Annual statistical returns and brief notes on vaccination in Bengal - 1909-1929
Year: 1909
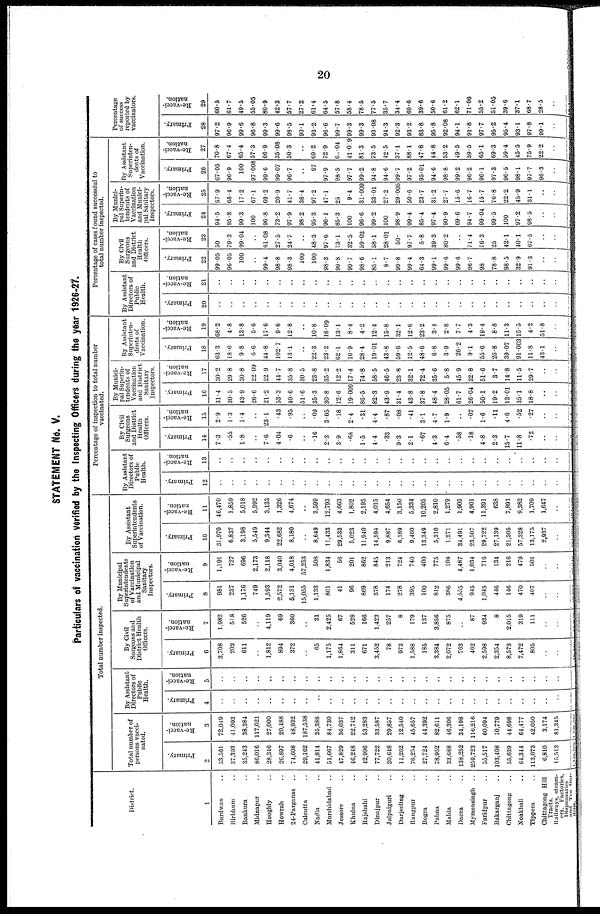
20
STATEMENT No. V.
Particulars of vaccination Verified by the Inspecting Officers during the year 1926-27.
District.
1
Burdwan ..
Birbhum ..
Bankura ..
Midnapur ..
Hooghly ..
Howrah ..
24-Parganas ..
Calcutta ..
Nadi ..
Murshidabad ..
Jessore ..
Khulna ..
Rajshahi ..
Dinajpur ..
Jalpaiguri ..
Darjeeling ..
Rangpur ..
Bogra ..
Pabna ..
Malda ..
Dacca ..
Mymensingh ..
Faridpur ..
Bakarganj ..
Chittagong ..
Noakliali ..
Tippera ..
Chittagong Hill
Tracts.
Railways, steam-
ers. Factories,
Dispensaries
and Tea. Gar-
dens.
Total number inspected.
Total number of
persons vacci-
nated.
Primary.
2
53,561
37,393
35,243
86,016
28,346
26,897
74,608
29,162
41,814
51,667
47,829
46,248
42,996
77,722
20,648
11,262
76,254
27,724
78,952
33,688
138,252
259,723
55,517
103,408
55,639
64,344
113,073
6,810
15,513
Re-vacci-
nation.
3
72,049
41,093
38,384
117,021
27,000
20,488
48,932
187,538
35,388
84,730
30,037
22,742
53,283
33,587
29,857
12,540
45,657
44,392
82,611
46,306
34,198
110,216
60,094
10,779
44,698
64,477
42,050
3,174
81,345
By Assistant
Directors of
Public
Health.
Primary.
4
..
..
..
..
..
..
..
..
..
..
..
..
..
..
..
..
..
..
..
..
..
..
..
..
..
..
..
..
..
Re-vacci-
nation.
5
..
..
..
..
..
..
..
..
..
..
..
..
..
..
..
..
..
..
..
..
..
..
..
..
..
..
..
..
..
By Civil
Surgeons and
District Health
Officers.
Primary.
6
3,708
203
611
..
1,812
894
372
..
65
1,175
1,864
311
671
3,452
78
973
1,588
185
3,384
2,072
763
462
2,598
2,354
8,573
7,472
805
..
..
Re-vacci-
nation.
7
1,982
518
526
..
4,119
69
360
..
31
2,425
67
528
166
1,423
257
8
179
137
3,856
875
..
87
934
8
2,015
319
111
..
..
By Municipal
Superintendents
of Vaccination
and Municipal
Sanitary
Inspectors.
Primary.
8
981
237
1,176
749
1,593
2,572
5,131
15,055
1,133
801
41
96
869
378
174
278
395
100
812
386
4,555
945
1,045
446
146
470
407
..
..
Re-vacci-
nation.
9
1,191
727
696
2,173
2,118
3,040
4,018
57,253
508
1,834
56
201
862
845
213
724
740
400
775
108
4,487
1,034
716
134
216
479
501
..
..
By Assistant
Superintendents
of Vaccination.
Primary.
10
31,970
6,837
3,198
5,549
9,344
22,682
8,180
..
8,649
11,433
29,533
5,023
11,940
14,594
9,887
6,189
9,460
13,349
5,310
1,271
34,491
23,507
29,722
27,139
21,305
57,328
13,175
2,937
..
Re-vacci-
nation.
11
46,470
1,859
5,018
5,992
3,133
1,326
4,674
..
3,599
12,793
4,663
1,802
2,195
4,015
4,654
3,150
5,334
10,205
2,810
1,279
1,905
4,901
11,391
638
7,891
9,382
1,709
1,647
..
Percentage of inspection to total number
vaccinated.
By Assistant
Directors of
Public
Health.
Primary.
12
..
..
..
..
..
..
..
..
..
..
..
..
..
..
..
..
..
..
..
..
..
..
..
..
..
..
..
..
..
Re-vacci-
nation.
13
..
..
..
..
..
..
..
..
..
..
..
..
..
..
..
..
..
..
..
..
..
..
..
..
..
..
..
..
..
By Civil
Surgeons
and District
Health
Officers.
Primary.
14
7.3
.55
1.8
..
7.6
4.04
.6
..
.16
2.3
3.9
.68
1.5
4.4
.33
9.3
2.1
.67
4.3
6.4
.58
.18
4.8
2.3
15.7
11.8
.72
..
..
Re-vacci-
nation.
15
2.9
1.3
1.4
..
23.1
.43
.95
..
.09
3.05
.18
2.4
.31
4.4
.87
.08
.41
3.1
4.7
1.9
..
.07
1.6
.11
4.6
.52
.27
..
..
By Munici-
pal Superin-
tendents of
Vaccination
and District
Sanitary
Inspectors.
Primary.
16
31.4
30.5
43.9
26.6
21.2
53.3
40.6
51.6
35.3
30.8
12.6
19.009
86.5
82.3
43.9
31.4
43.8
37.8
48.4
28.05
61.7
26.04
50.1
19.2
13.01
35.1
18.8
..
..
Re-vacci-
nation.
17
30.2
29.8
30.8
22.09
22.9
44.7
35.8
30.5
23.8
35.2
12.2
17.4
74.8
58.5
46.5
23.8
32.1
72.4
35.6
5.8
45.9
32.8
51.6
3.7
14.8
11.5
29.7
..
..
By Assistant
Superinten-
dents of
Vaccination.
Primary.
18
03.3
18.6
9.8
6.6
44.8
102.7
13.1
..
22.3
23.2
62.1
10.9
28.4
19.01
43.8
59.6
12.5
48.6
6.8
3.9
26.2
9.1
55.6
20.8
39.07
91.003
11.8
43.1
..
Re-vacci-
nation.
19
68.2
4.8
13.8
5.6
17.6
9.6
12.8
..
10.8
16.09
13.1
8.4
4.2
12.4
15.8
32.1
12.6
23.2
3.4
2.8
7.7
4.3
19.4
8.8
11.3
15.5
4.2
51.8
..
Percentage of cases found successful to
total number inspected.
By Assistant
Directors of
Public
Health.
Primary.
20
..
..
..
..
..
..
..
..
..
..
..
..
..
..
..
..
..
..
..
..
..
..
..
..
..
..
..
..
..
Re-vacci-
nation.
21
..
..
..
..
..
..
..
..
..
..
..
..
..
..
..
..
..
..
..
..
..
..
..
..
..
..
..
..
..
By Civil
Surgeons
and District
Health
Officers.
Primary.
22
99.05
96.05
100
..
99.4
98.8
98.3
100
100
98.3
99.8
99.7
98.6
85.1
8.7
99.8
99.4
64.3
99.1
99.6
99.6
96.7
98
78.8
98.5
32.9
91.3
..
..
Re-vacci-
nation.
23
50
79.3
99.04
..
61.08
27.5
24.7
..
48.3
97.6
73.1
32.5
59.03
58.1
28.01
50.
97.7
5.8
39.3
80.2
..
71.4
76.3
25
42.1
40.1
67.5
..
..
By Munici-
pal Superin-
tendents of
Vaccination
and Munici-
pal Sanitary
Inspectors.
Primary.
24
94.5
95.8
99.3
100
96.8
73.2
97.9
98.2
95.3
96.1
85.3
100
90.6
99.2
100
98.9
99.4
85.4
97.4
90.9
69.6
94.7
99.04
99.5
100
97.2
98.5
..
..
Re-vacci-
nation.
25
57.9
68.4
17.2
67.1
69.2
20.9
41.7
38.4
97.2
47.1
25
9.4
31.009
33.01
27.2
29.005
50.6
23.7
31.2
27.7
15.6
16.7
15.7
76.8
22.2
45.9
31.1
..
..
By Assistant
Superinten-
dents of
Vaccination.
Primary.
26
67.05
96.9
100
97.008
99.6
99.07
96.7
..
97
97.9
98.5
97.7
99.2
94.8
94.6
99.7
97.2
95.01
94.6
98.8
99.2
96.2
96.1
97.3
96.5
98.1
97.7
96.3
..
Re-vacci-
nation.
27
70.8
67.4
65.4
57.3
66.9
35.08
50.3
..
69.2
72.9
63.04
410.9
81.3
73.5
42.5
37.1
88.1
47.8
44.8
53.2
49.5
59.5
65.1
69.3
59.4
45.5
75.9
22.2
..
Percentage
of success
reported by
vaccinators.
Primary.
28
97.2
96.9
99.6
96.8
99.3
99.6
98.5
90.1
93.2
96.6
99.7
99.3
99.3
93.08
94.3
92.3
93.2
83.8
95.8
92.08
94.1
91.8
97.7
95.2
95.4
93.1
97.8
99.1
..
Re-vacci-
nation.
29
60.5
61.7
49.5
55.05
80.9
42.3
57.7
27.2
61.4
64.5
57.8
58.4
78.5
77.5
35.7
34.4
69.6
39.6
50.6
61.2
62.1
71.06
55.2
51.05
39.6
37.1
68.7
28.5
..